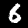
Label: 6